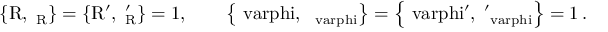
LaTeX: \mathrm { \left\{ R , \Pi _ { R } \right\} = \left\{ R ^ { \prime } , \Pi _ { R } ^ { \prime } \right\} = 1 , \qquad \left\{ \ v a r p h i , \Pi _ { \ v a r p h i } \right\} = \left\{ \ v a r p h i ^ { \prime } , \Pi _ { \ v a r p h i } ^ { \prime } \right\} = 1 \, . }